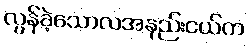
လွန်ခဲ့သောလအနည်းငယ်က